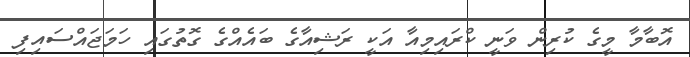
އޮބާމާ މީގެ ކުރިން ވަނީ ކްރައިމިއާ އަކީ ރަޝިއާގެ ބައެއްގެ ގޮތުގައި ހަމަޖައްސައިފި